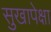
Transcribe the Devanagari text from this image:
सुखापेक्षा